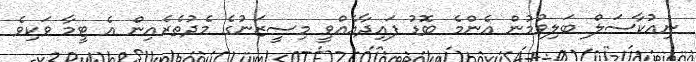
ނިއުކާސަލް ބަލިވުމުން އެންމެ ބޮޑު ފައިދާއެއްވީ މިސީޒަނުގެ މެދުތެރެއިން އެ ޓީމާ ވަކިވެ